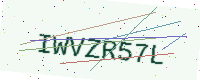
Text: IWVZR57L